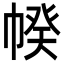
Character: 𢃯